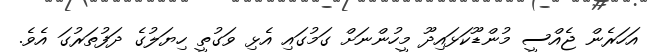
އަހަރެން ޖެއްސީ މުންޑޫކަޅައިދޫ މީހުންނަށް ގަމުގައި އެޅި ވަގުތީ ހިޔަލުގެ ދަފުތަރުގަ އެވެ.